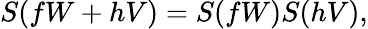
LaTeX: S(fW+hV)=S(fW)S(hV),